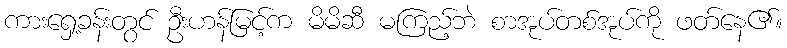
ကားရှေ့ခန်းတွင် ဦးဟန်မြင့်က မိမိဆီ မကြည့်ဘဲ စာအုပ်တစ်အုပ်ကို ဖတ်နေ၏။